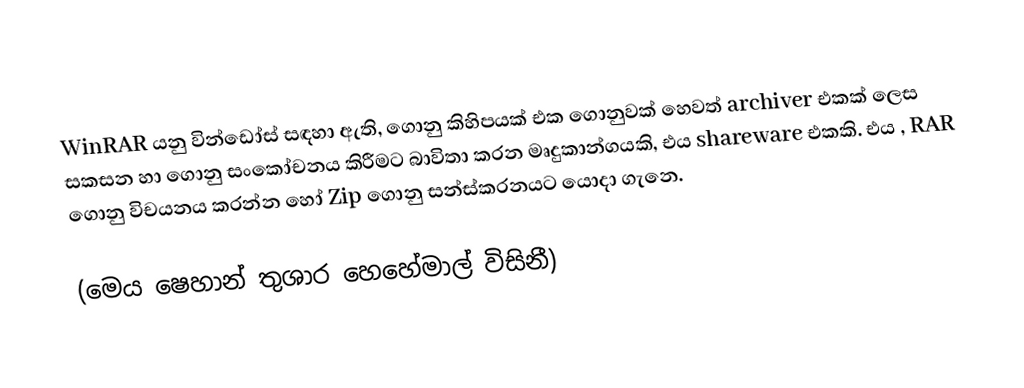
WinRAR යනු වින්ඩෝස් සඳහා ඇති, ගොනු කිහිපයක් එක ගොනුවක් හෙවත් archiver එකක් ලෙස සකසන හා ගොනු සංකෝචනය කිරීමට බාවිතා කරන මෘදුකාන්ගයකි, එය shareware එකකි. එය , RAR ගොනු විචයනය කරන්න හෝ Zip ගොනු සන්ස්කරනයට යොදා ගැනෙ.

(මෙය ෂෙහාන් තුශාර හෙහේමාල් විසිනී)